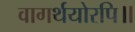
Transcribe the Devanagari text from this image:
वागर्थयोरपि॥